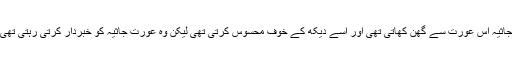
جاثیہ اس عورت سے گھن کھاتی تھی اور اسے دیکھ کے خوف محسوس کرتی تھی لیکن وہ عورت جاثیہ کو خبردار کرتی رہتی تھی۔